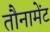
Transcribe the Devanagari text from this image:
तौनामेंट